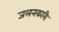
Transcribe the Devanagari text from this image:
जलनकारी